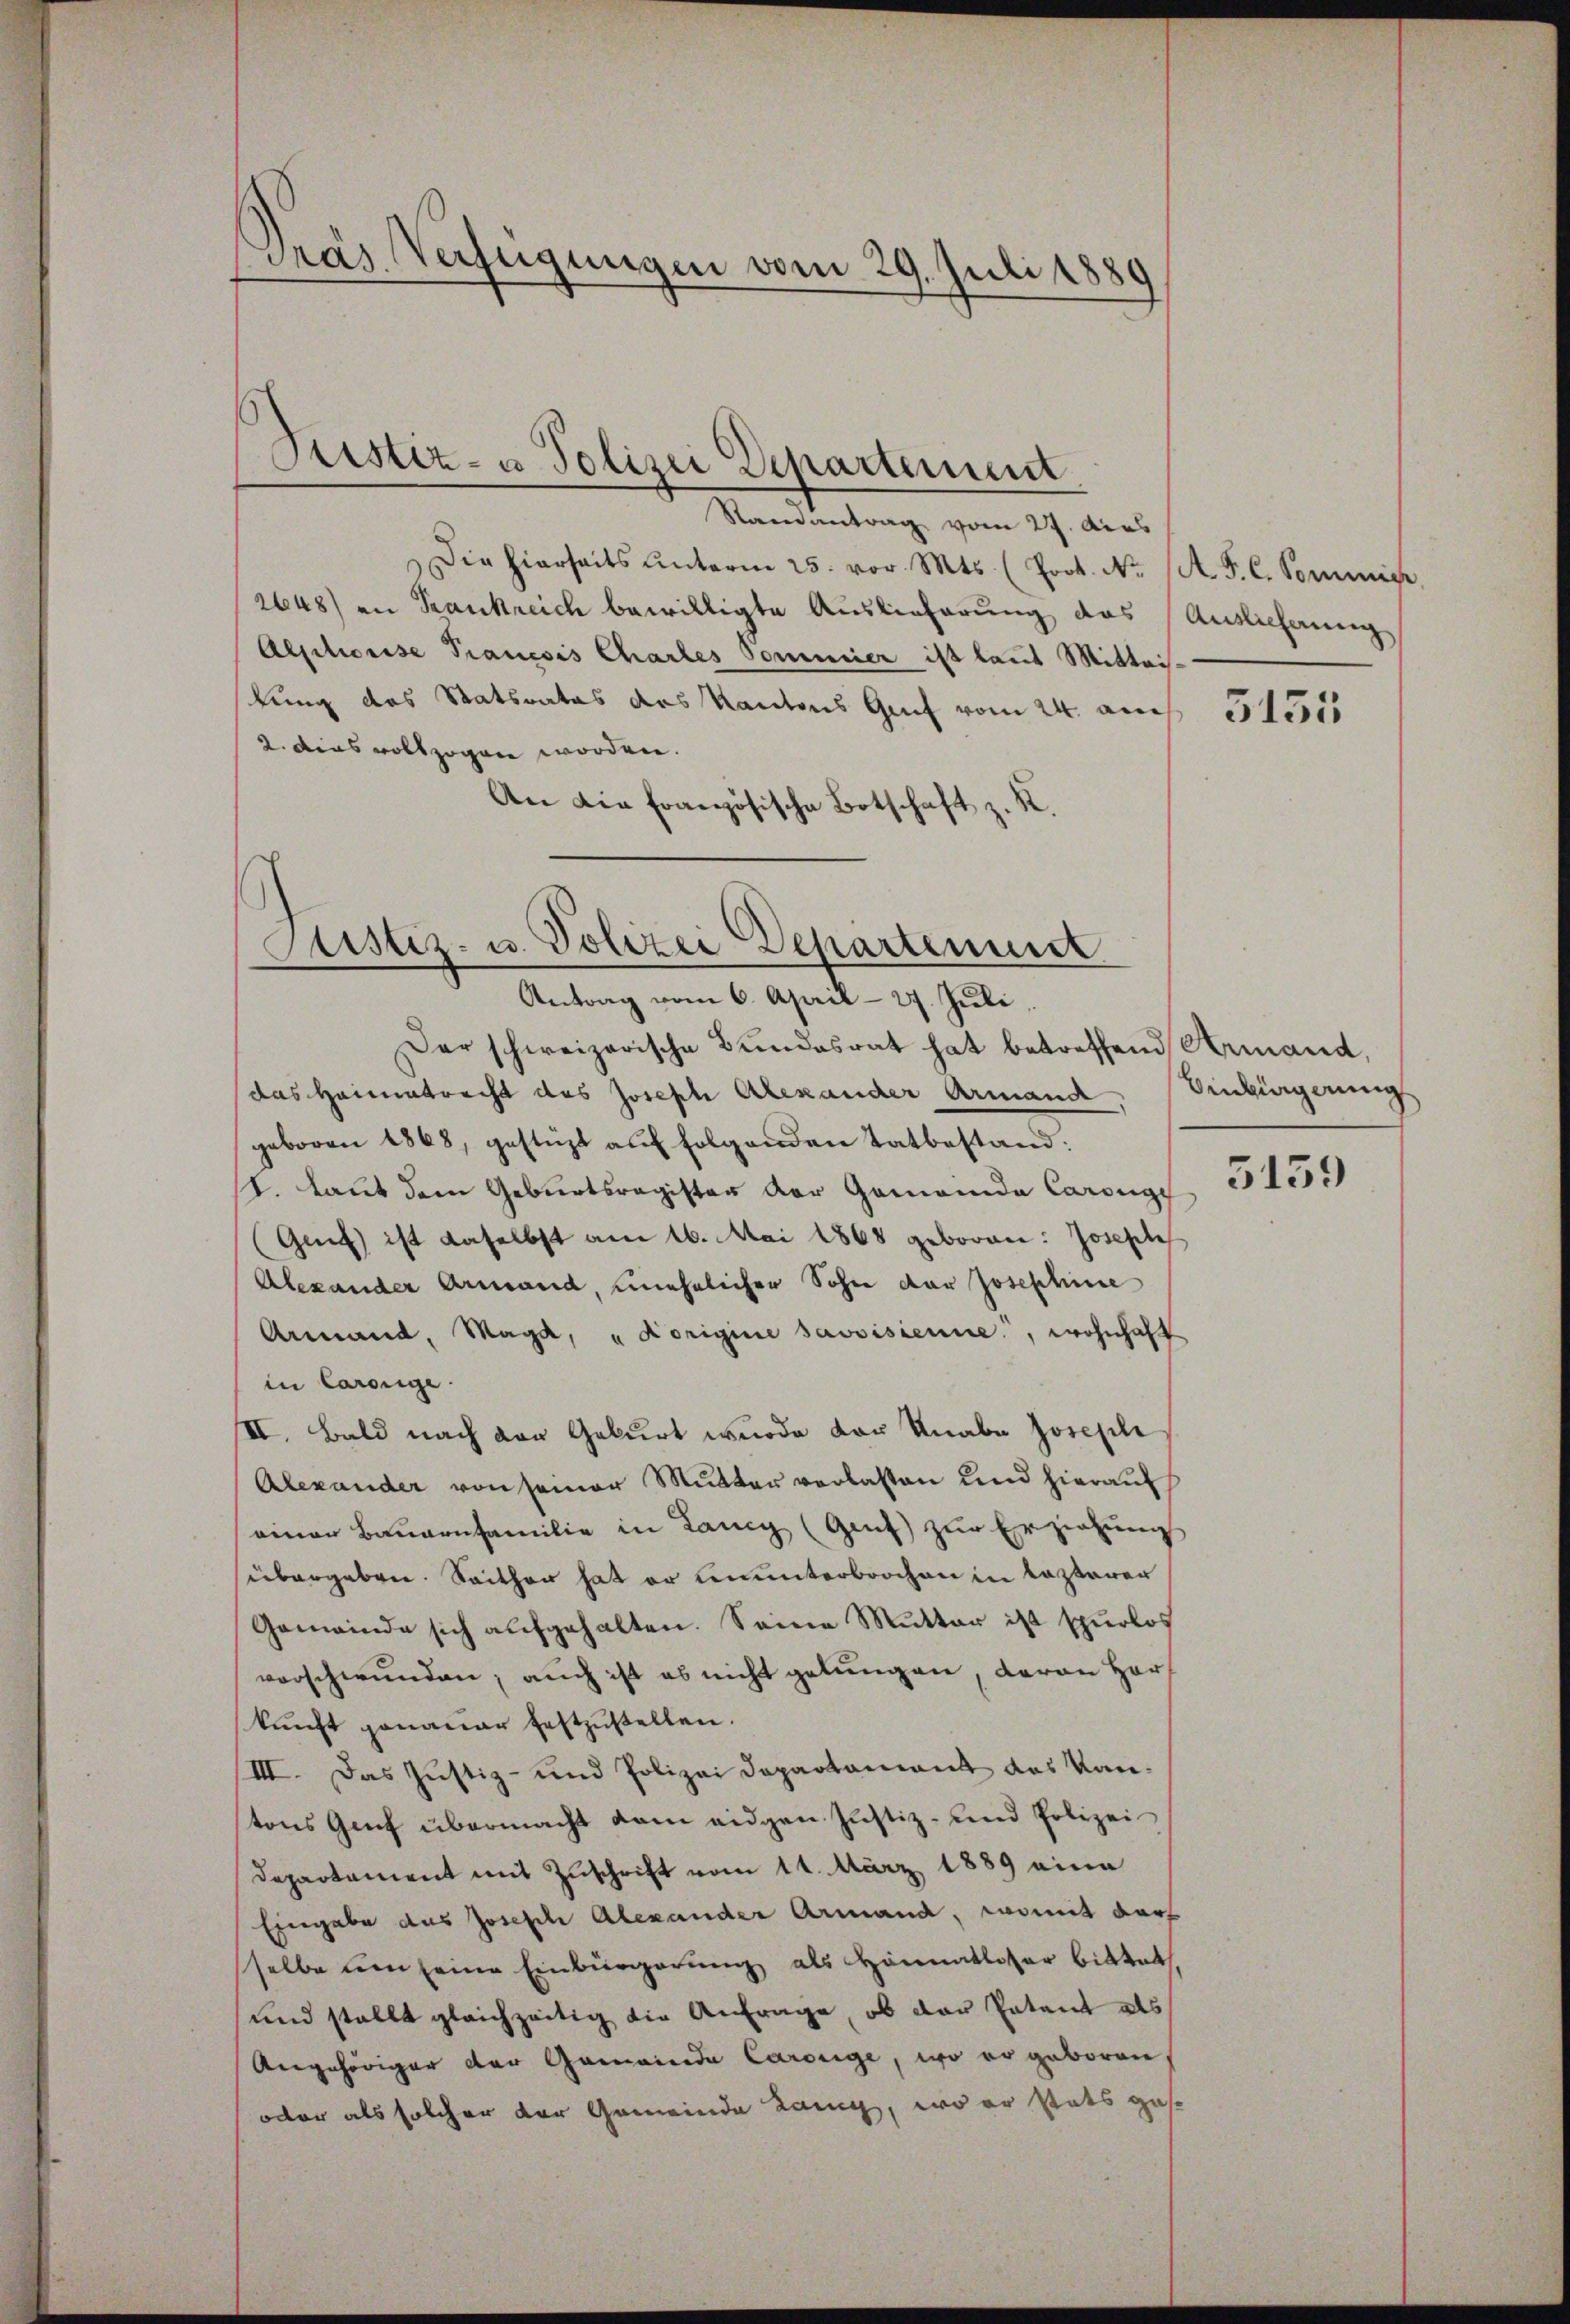
Pras Verfügungen vom 29. Juli 1881
.

Justiz- u Polizei Departement.

Randantrag vom 27. dies
Die hierseits ŭnterm 25. vor. Mts. (Poot. Nr. A. F. C. Commis
2648) an Srankreich bewilligte Auslieferung das Auslieferung
Alsitionise Pranesis Chartes Sommier ist laut Mittei
kung des Statsrates des Kantons Graf vom 24. au
2. dies vollzogen worden.
An die Französische Botschaft z. K.

ustiz- u. Polizei Departenuit
e
Antrag vom 6. April - 27. Juli

Der schweizerische Bundesrat hat betreffend Armand,
das Heimatrecht des Joseph Alexander Armand,
geboren 1868, gestüzt auf folgenden Tatbestand:
1. Laut dem Geburtsregister der Gemeinde Carouge
(Genf ist daselbst am 16. Mai 1868 geboren: Josephi
Alexander Armand, unehelicher Sohn der Josephine
Armand, Magd, "Korigine savoisienne, wohnhaft
in Carolige.
III. Bald nach der Geburt wurde der Knabe Josephi
Alexander von seiner Mutter verlassen und hierauf
einer Bauernfamilie in Lancy (Genf zur Erziehung
übergeben. Seither hat er ununterbrochen in Kastarer
Gemeinde sich aufgehalten. Seine Mutter ist spurlos
vorschwunden; auch ist es nicht gelungen, daran Herkunft genauer festzustellen.
III. Das Justiz- und Polizei Departamant das Kantons Genf übermacht dem eidgen Justiz- und Polizei
Departement mit Zuschrift vom 11. März 1889 eine
Eingabe das Joseph Alexander Armand, womit darf
sselbe um seine Einbürgerung als Heimatloser bittet,
und stellt gleichzeitig die Anfrage, ob der Patent als
Angehöriger der Gemeinde Carouge, wo er geboren,
oder als solcher der Gemeinde Lang, wo er stats gese

5155

Binkingerung
3159